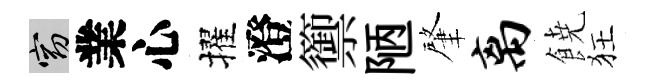
窈業心擢澄籞陋肇离𩜙狂